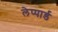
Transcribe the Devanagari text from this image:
लेप्पार्ड